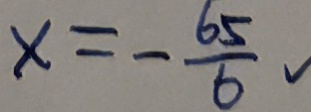
x = - \frac { 6 5 } { 6 }